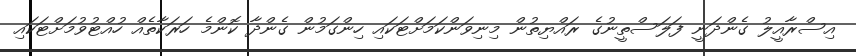
އިސްރާއީލު ގެންދަނީ ފަލަސްތީނުގެ ރައްޔިތުން މިނިވަންކަމަށްޓަކައި ހިންގަމުން ގެންދާ ކޮންމެ ހަރަކާތެއް ހުއްޓުވުމަށްޓަކައި